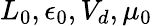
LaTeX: L_{0},\epsilon_{0},V_{d},\mu_{0}